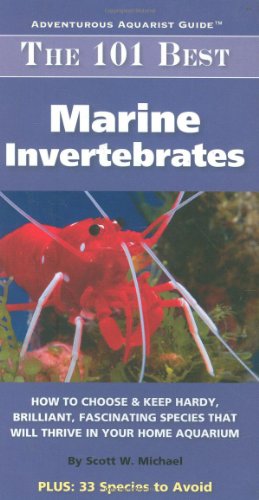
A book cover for The 101 Best Marine Invertebrates: How to Choose & Keep Hardy, Brilliant, Fascinating Species That Will Thrive in Your Home Aquarium (Adventurous Aquarist Guide); Scott W. Michael; Crafts, Hobbies & Home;